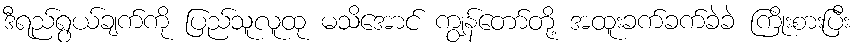
ဒီရည်ရွယ်ချက်ကို ပြည်သူလူထု မသိအောင် ကျွန်တော်တို့ အထူးခက်ခက်ခဲခဲ ကြိုးစားပြီး